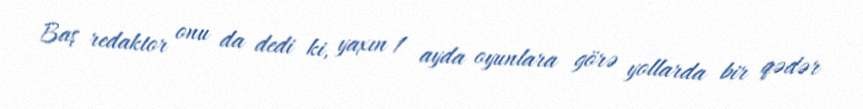
Baş redaktor onu da dedi ki, yaxın 1 ayda oyunlara görə yollarda bir qədər